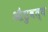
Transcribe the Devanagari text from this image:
औडुवत्व